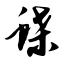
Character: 蝶